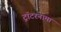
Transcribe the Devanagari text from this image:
ट्रॉटरनामा